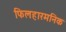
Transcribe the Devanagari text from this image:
फिलहारमनिक